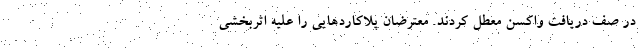
در صف دریافت واکسن معطل کردند. معترضان پلاکاردهایی را علیه اثربخشی